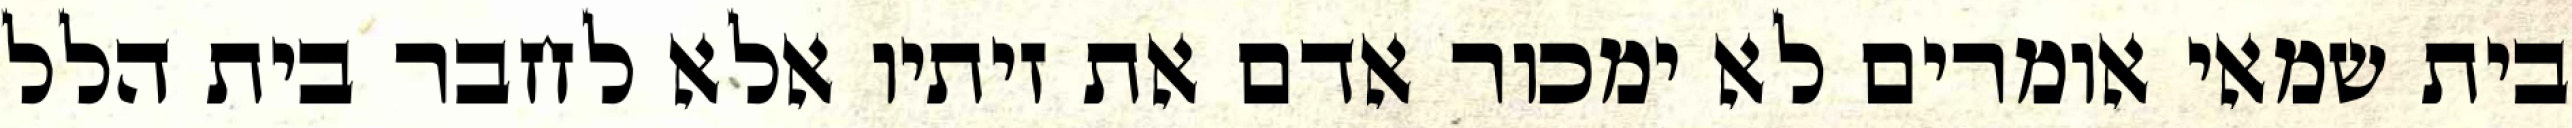
בית שמאי אומרים לא ימכור אדם את זיתיו אלא לחבר בית הלל